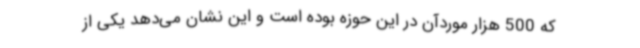
که 500 هزار موردآن در این حوزه بوده است و این نشان می‌دهد یکی از